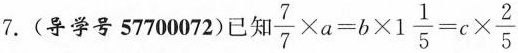
7.(导学号 57700072)已知 $$\frac{7}{7}\times a=b \times 1 \frac{1}{5}=c \times \frac{2}{5}$$